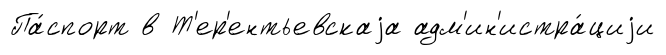
Па́спорт в Т'ер'ентьевскаjа адм'ин'истра́циjи